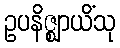
ဥပနိဇ္ဈာယိံသု